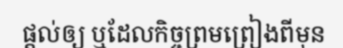
ផ្តល់ឲ្យ ឬដែលកិច្ចព្រមព្រៀងពីមុន